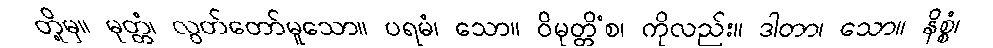
တို့မှ။ မုတ္တံ၊ လွတ်တော်မူသော။ ပရမံ၊ သော။ ဝိမုတ္တိံစ၊ ကိုလည်း။ ဒါတာ၊ သော။ နိစ္စံ၊